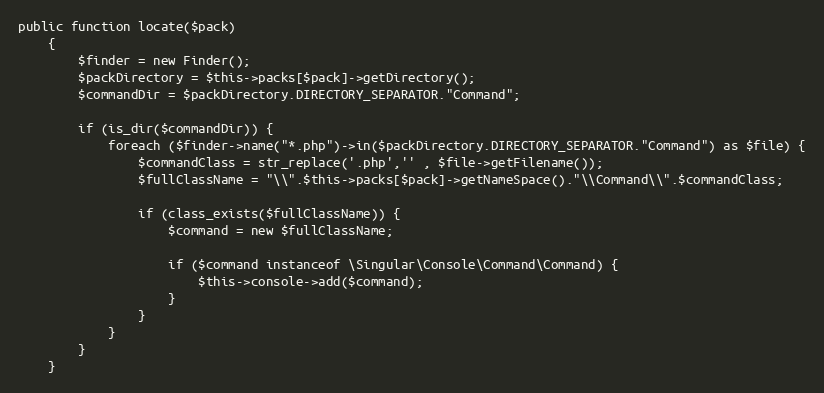
Language: PHP
public function locate($pack)
    {
        $finder = new Finder();
        $packDirectory = $this->packs[$pack]->getDirectory();
        $commandDir = $packDirectory.DIRECTORY_SEPARATOR."Command";

        if (is_dir($commandDir)) {
            foreach ($finder->name("*.php")->in($packDirectory.DIRECTORY_SEPARATOR."Command") as $file) {
                $commandClass = str_replace('.php','' , $file->getFilename());
                $fullClassName = "\\".$this->packs[$pack]->getNameSpace()."\\Command\\".$commandClass;

                if (class_exists($fullClassName)) {
                    $command = new $fullClassName;

                    if ($command instanceof \Singular\Console\Command\Command) {
                        $this->console->add($command);
                    }
                }
            }
        }
    }